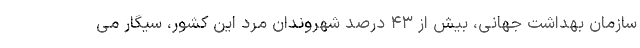
سازمان بهداشت جهانی، بیش از ۴۳ درصد شهروندان مرد این کشور، سیگار می